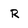
Character: R